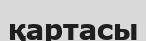
қартасы